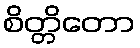
စိတ္တိတော